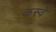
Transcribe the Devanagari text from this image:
कस्वें